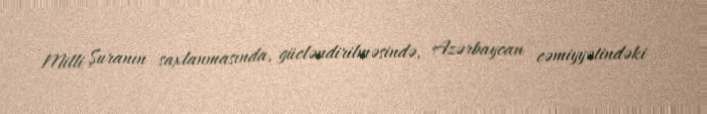
Milli Şuranın saxlanmasında, gücləndirilməsində, Azərbaycan cəmiyyətindəki